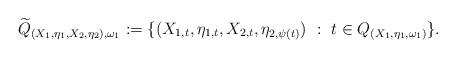
LaTeX: \begin{align*}\widetilde{Q}_{(X_1,\eta_1,X_2,\eta_2),\omega_1}:=\{(X_{1,t},\eta_{1,t},X_{2,t},\eta_{2,\psi(t)}) \ : \ t\in Q_{(X_1,\eta_1,\omega_1)}\}.\end{align*}